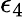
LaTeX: \epsilon_{\mathrm{4}}